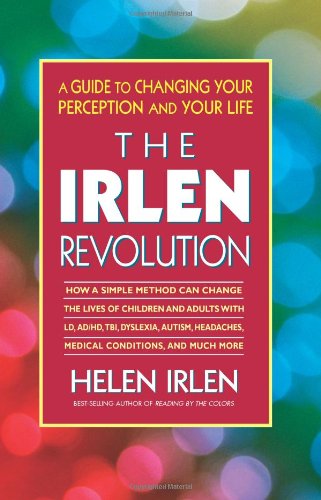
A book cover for The Irlen Revolution: A Guide to Changing your Perception and Your Life; Helen Irlen; Health, Fitness & Dieting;